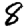
Digit: 8